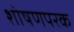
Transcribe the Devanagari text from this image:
शोषणपरक